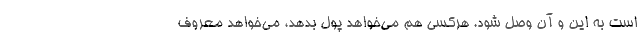
است به این و آن وصل شود. هرکسی هم می‌خواهد پول بدهد، می‌خواهد معروف